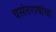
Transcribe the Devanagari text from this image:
वसंतरावांचा